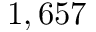
1 , 6 5 7